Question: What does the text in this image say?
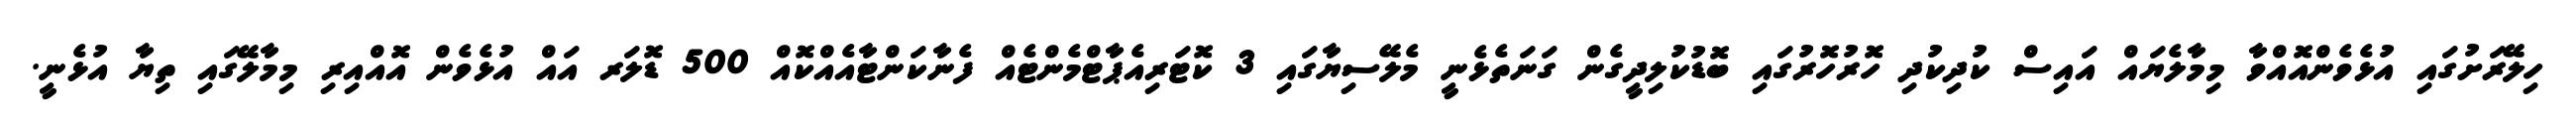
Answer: ހިލޭރަށުގައި އުޅެވެންއޮއްވާ މިމާލެޔައް އައިސް ކުދިކުދި ހޮރުހޮރުގައި ބޮޑުކުލިދީގެން ގަނަތެޅެނީ މެލޭސިޔާގައި 3 ކޮޓަރިއެޕާޓްމެންޓެއް ފެނާކަންޓާއެއްކޮއް 500 ޑޮލަރ އައް އުޅެވެން އޮއްއިރި މިމާލޭގައި ތިޔާ އުޅެނީ.